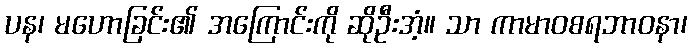
ပန၊ မဟောခြင်း၏ အကြောင်းကို ဆိုဦးအံ့။ သာ ကာမာဝစရဘာဝနာ၊